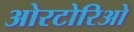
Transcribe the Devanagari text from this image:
ओरटोरिओ